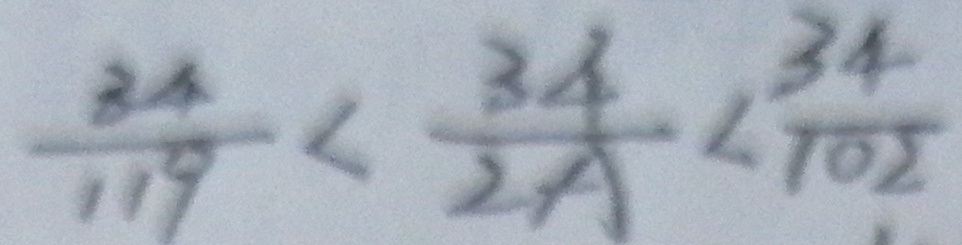
\frac { 3 4 } { 1 1 9 } < \frac { 3 4 } { 2 A } < \frac { 3 4 } { 1 0 2 }